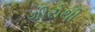
ગીરોથી